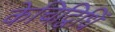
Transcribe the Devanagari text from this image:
केचिद्विधिं